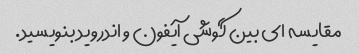
مقایسه ای بین گوشی آیفون و اندروید بنویسید.